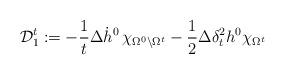
LaTeX: \begin{align*}\mathcal D^t_1 := -\frac 1 t \Delta \dot h^0 \, \chi_{\Omega^0\setminus \Omega^t} - \frac 1 2 \Delta \delta_t^2 h^0 \chi_{\Omega^t}\end{align*}